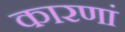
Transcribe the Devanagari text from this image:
कारणां